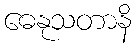
ဓေနုသတာနိ